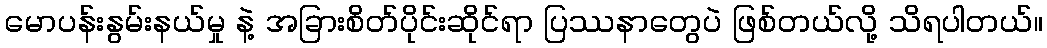
မောပန်းနွမ်းနယ်မှု နဲ့ အခြားစိတ်ပိုင်းဆိုင်ရာ ပြဿနာတွေပဲ ဖြစ်တယ်လို့ သိရပါတယ်။